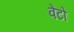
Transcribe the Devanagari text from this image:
वेंटों